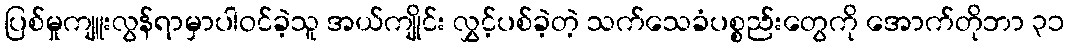
ပြစ်မှုကျူးလွန်ရာမှာပါဝင်ခဲ့သူ အယ်ကျိုင်း လွှင့်ပစ်ခဲ့တဲ့ သက်သေခံပစ္စည်းတွေကို အောက်တိုဘာ ၃၁